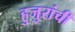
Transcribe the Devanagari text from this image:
हुजुरांची